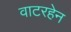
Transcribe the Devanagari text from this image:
वाटरहेन